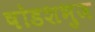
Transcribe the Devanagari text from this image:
षोडशभुज